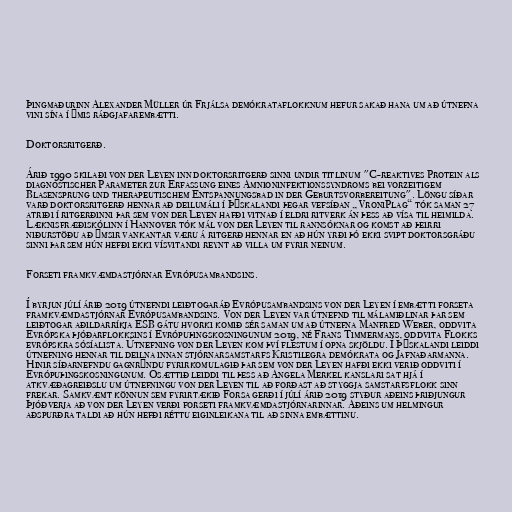
Þingmaðurinn Alexander Müller úr Frjálsa demókrataflokknum hefur sakað hana um að útnefna
vini sína í ýmis ráðgjafarembætti.

Doktorsritgerð.

Árið 1990 skilaði von der Leyen inn doktorsritgerð sinni undir titlinum "C-reaktives Protein als
diagnostischer Parameter zur Erfassung eines Amnioninfektionssyndroms bei vorzeitigem
Blasensprung und therapeutischem Entspannungsbad in der Geburtsvorbereitung". Löngu síðar
varð doktorsritgerð hennar að deilumáli í Þýskalandi þegar vefsíðan „VroniPlag“ tók saman 27
atriði í ritgerðinni þar sem von der Leyen hafði vitnað í eldri ritverk án þess að vísa til heimilda.
Læknisfræðiskólinn í Hannover tók mál von der Leyen til rannsóknar og komst að þeirri
niðurstöðu að ýmsir vankantar væru á ritgerð hennar en að hún yrði þó ekki svipt doktorsgráðu
sinni þar sem hún hefði ekki vísvitandi reynt að villa um fyrir neinum.

Forseti framkvæmdastjórnar Evrópusambandsins.

Í byrjun júlí árið 2019 útnefndi leiðtogaráð Evrópusambandsins von der Leyen í embætti forseta
framkvæmdastjórnar Evrópusambandsins. Von der Leyen var útnefnd til málamiðlinar þar sem
leiðtogar aðildarríkja ESB gátu hvorki komið sér saman um að útnefna Manfred Weber, oddvita
Evrópska þjóðarflokksins í Evrópuþingskosningunum 2019, né Frans Timmermans, oddvita Flokks
evrópskra sósíalista. Útnefning von der Leyen kom því flestum í opna skjöldu. Í Þýskalandi leiddi
útnefning hennar til deilna innan stjórnarsamstarfs Kristilegra demókrata og Jafnaðarmanna.
Hinir síðarnefndu gagnrýndu fyrirkomulagið þar sem von der Leyen hafði ekki verið oddviti í
Evrópuþingskosningunum. Ósættið leiddi til þess að Angela Merkel kanslari sat hjá í
atkvæðagreiðslu um útnefningu von der Leyen til að forðast að styggja samstarfsflokk sinn
frekar. Samkvæmt könnun sem fyrirtækið Forsa gerði í júlí árið 2019 styður aðeins þriðjungur
Þjóðverja að von der Leyen verði forseti framkvæmdastjórnarinnar. Aðeins um helmingur
aðspurðra taldi að hún hefði réttu eiginleikana til að sinna embættinu.